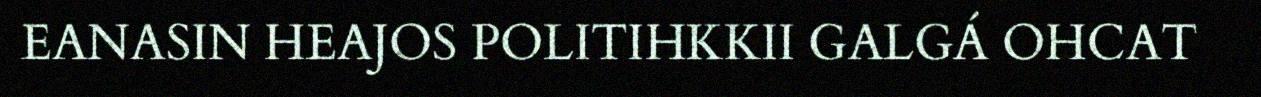
EANASIN HEAJOS POLITIHKKII GALGÁ OHCAT